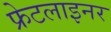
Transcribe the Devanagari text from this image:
फ्रेटलाइनर